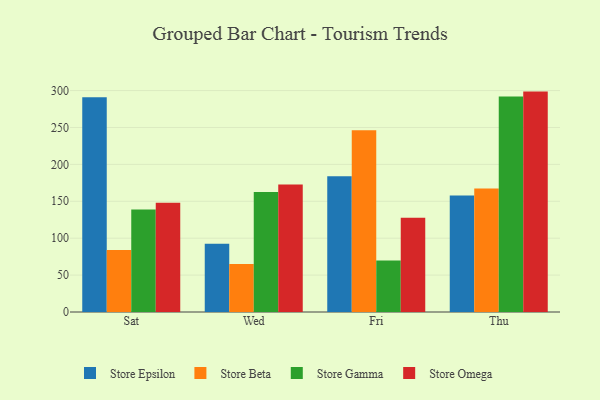
{"axis": {"x": "Day", "y": "Conversion Rate (%)"}, "legend": ["Store Beta", "Store Epsilon", "Store Gamma", "Store Omega"], "data": [{"x": "Sat", "y": 290.8, "type": "Store Epsilon"}, {"x": "Sat", "y": 84.0, "type": "Store Beta"}, {"x": "Sat", "y": 138.8, "type": "Store Gamma"}, {"x": "Sat", "y": 148.0, "type": "Store Omega"}, {"x": "Wed", "y": 92.6, "type": "Store Epsilon"}, {"x": "Wed", "y": 65.2, "type": "Store Beta"}, {"x": "Wed", "y": 162.6, "type": "Store Gamma"}, {"x": "Wed", "y": 172.9, "type": "Store Omega"}, {"x": "Fri", "y": 183.9, "type": "Store Epsilon"}, {"x": "Fri", "y": 246.3, "type": "Store Beta"}, {"x": "Fri", "y": 69.7, "type": "Store Gamma"}, {"x": "Fri", "y": 127.6, "type": "Store Omega"}, {"x": "Thu", "y": 157.8, "type": "Store Epsilon"}, {"x": "Thu", "y": 167.4, "type": "Store Beta"}, {"x": "Thu", "y": 291.8, "type": "Store Gamma"}, {"x": "Thu", "y": 298.6, "type": "Store Omega"}]}